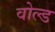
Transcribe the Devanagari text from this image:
वोल्ड